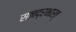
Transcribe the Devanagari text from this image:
सनद्रभारत्